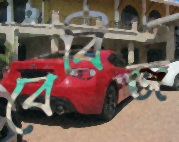
বেবিজ